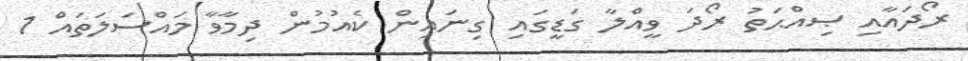
ރޯދައާއި ޞިއްޙަތު ރޯދަ ވީއްލާ ގަޑީގައި ގިނައިން ކެއުމުން ދިމާވާ މައްސަލަތައް 1